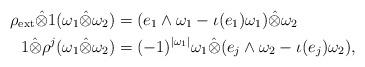
LaTeX: \begin{align*} \rho_{\mathrm{ext}}\hat\otimes 1(\omega_1\hat\otimes\omega_2) &= (e_1\wedge \omega_1 - \iota(e_1)\omega_1)\hat\otimes \omega_2 \\ 1\hat\otimes \rho^j(\omega_1\hat\otimes\omega_2) &= (-1)^{|\omega_1|} \omega_1\hat\otimes(e_j\wedge \omega_2 - \iota(e_j)\omega_2),\end{align*}